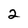
Character: 2